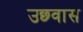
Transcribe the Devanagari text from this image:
उछ्वास